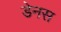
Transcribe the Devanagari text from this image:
डेनस